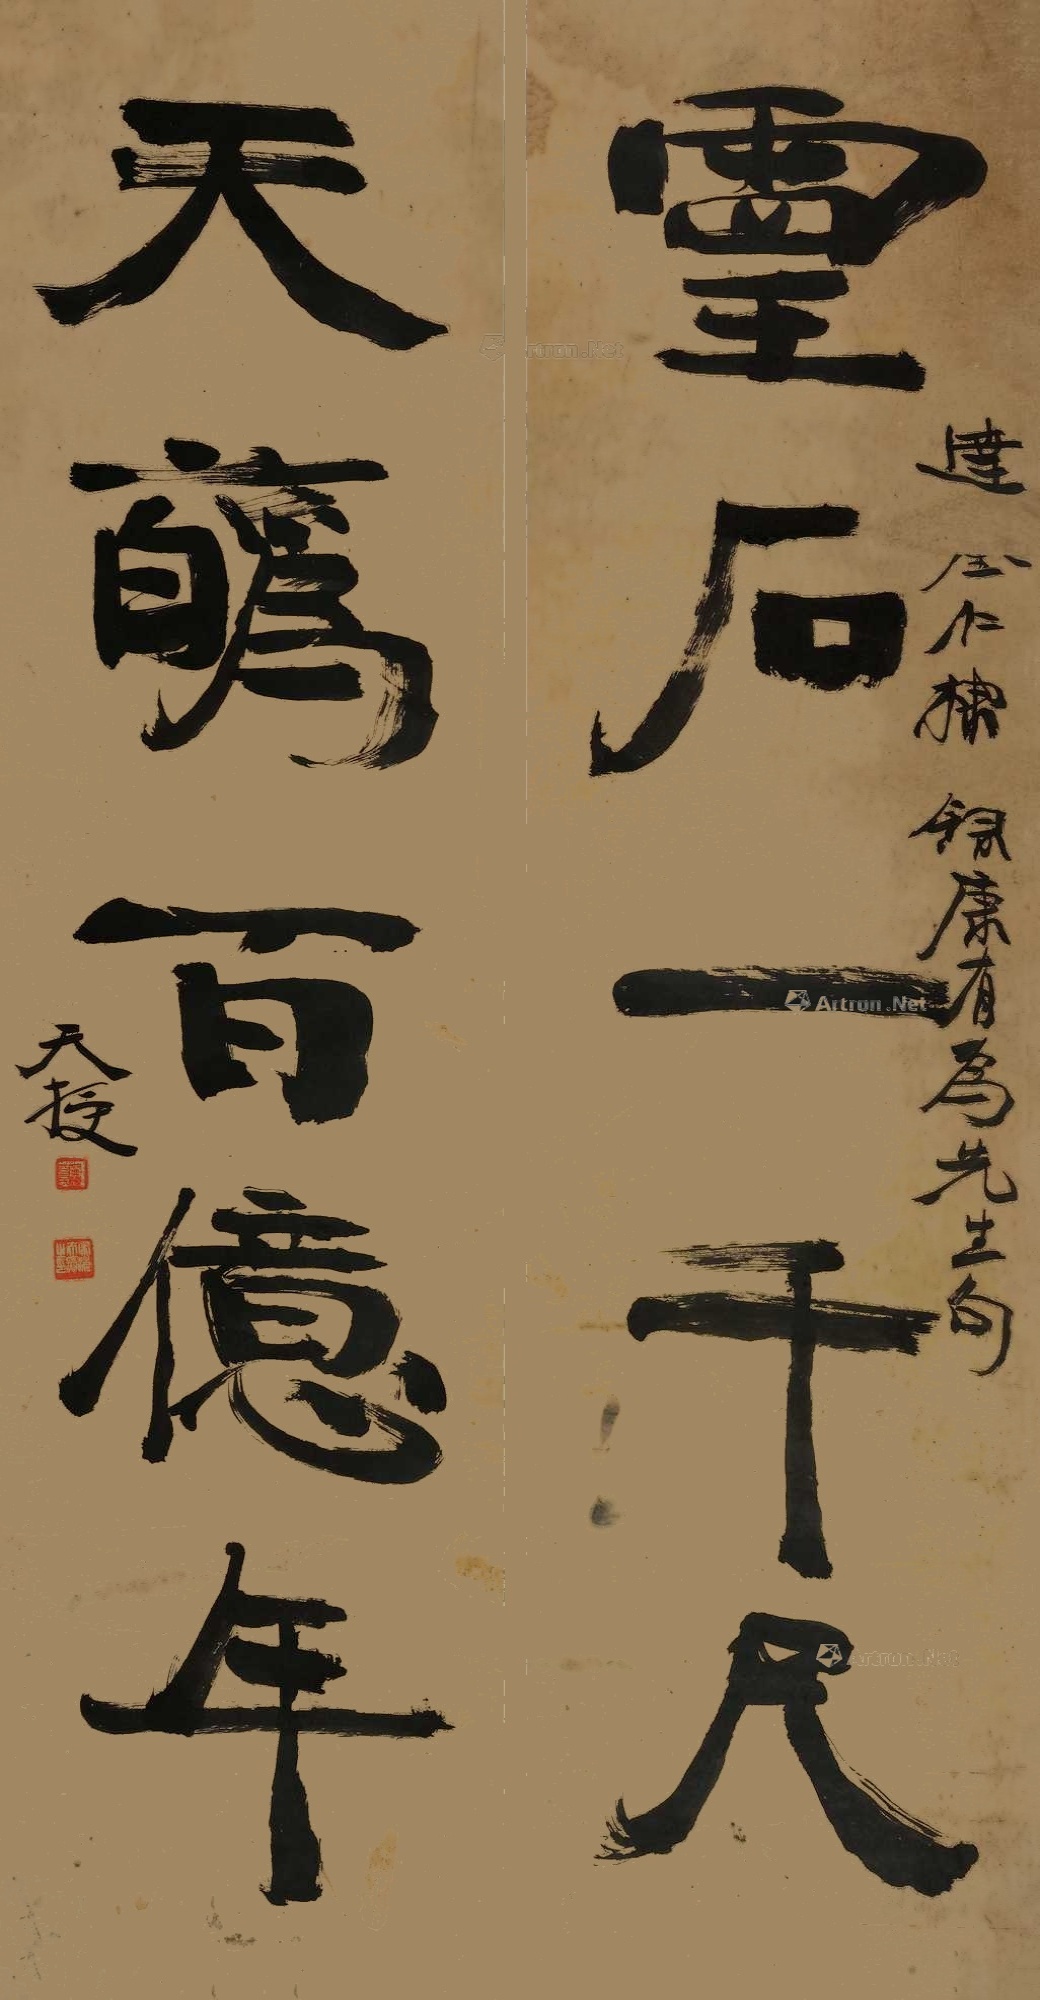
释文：灵石一千尺，天花百亿年。达□仁棣。录康有为先生句。天授。